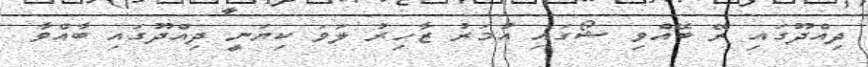
ދިއްދޫގައި ރޭ ބޭއްވި ޝޯގައި އުމަރު ޒާހިރު ލަވަ ކިޔަނީ ދިއްދޫގައި ބާއްވާ